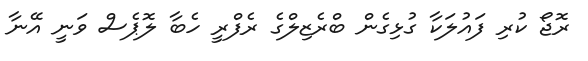
ރޮޖޯ ކުރި ފައުލަކާ ގުޅިގެން ބްރެޒިލްގެ ރެފްރީ ހެބާ ލޮޕެސް ވަނީ އޭނާ